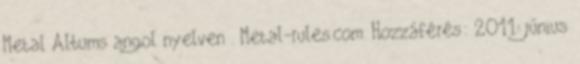
Metal Albums angol nyelven . Metal-rules.com. Hozzáférés: 2011. június